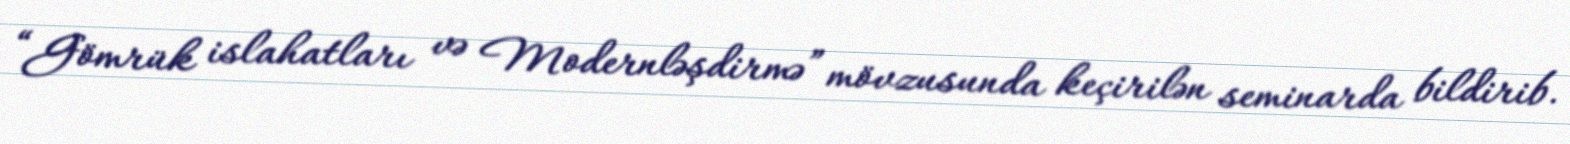
“Gömrük islahatları və Modernləşdirmə” mövzusunda keçirilən seminarda bildirib.